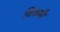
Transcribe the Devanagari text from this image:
विकमी